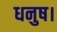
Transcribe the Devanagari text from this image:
धनुष।